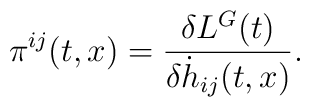
{}{\pi}^{ij}(t,x) = \frac{\delta L^G(t)}{\delta {\dot h}_{ij} (t,x)}.